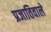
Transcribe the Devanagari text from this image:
प्रजातिवाले